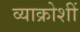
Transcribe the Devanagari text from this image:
व्याक्रोशीं